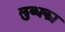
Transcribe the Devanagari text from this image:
लुब्धका